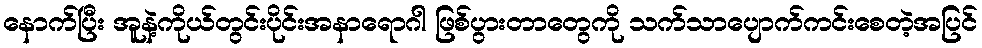
နောက်ပြီး အူနဲ့ကိုယ်တွင်းပိုင်းအနာရောဂါ ဖြစ်ပွားတာတွေကို သက်သာပျောက်ကင်းစေတဲ့အပြင်